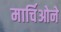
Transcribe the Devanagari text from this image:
मार्चिओने